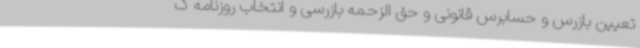
تعیین بازرس و حسابرس قانونی و حق الزحمه بازرسی و انتخاب روزنامه ک